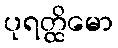
ပုရတ္ထိမော